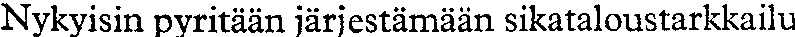
Nykyisin pyritään järjestämään sikataloustarkkailu